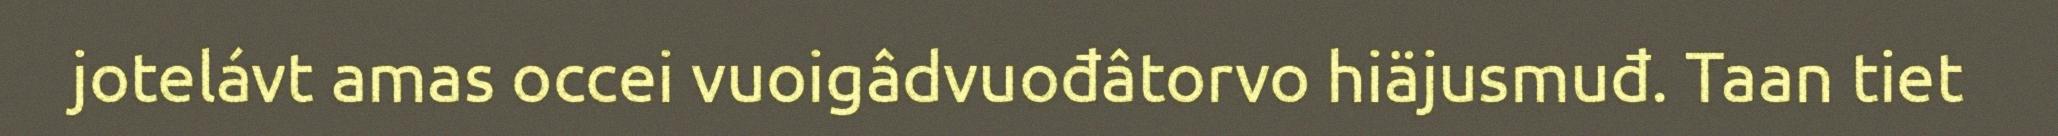
jotelávt amas occei vuoigâdvuođâtorvo hiäjusmuđ. Taan tiet